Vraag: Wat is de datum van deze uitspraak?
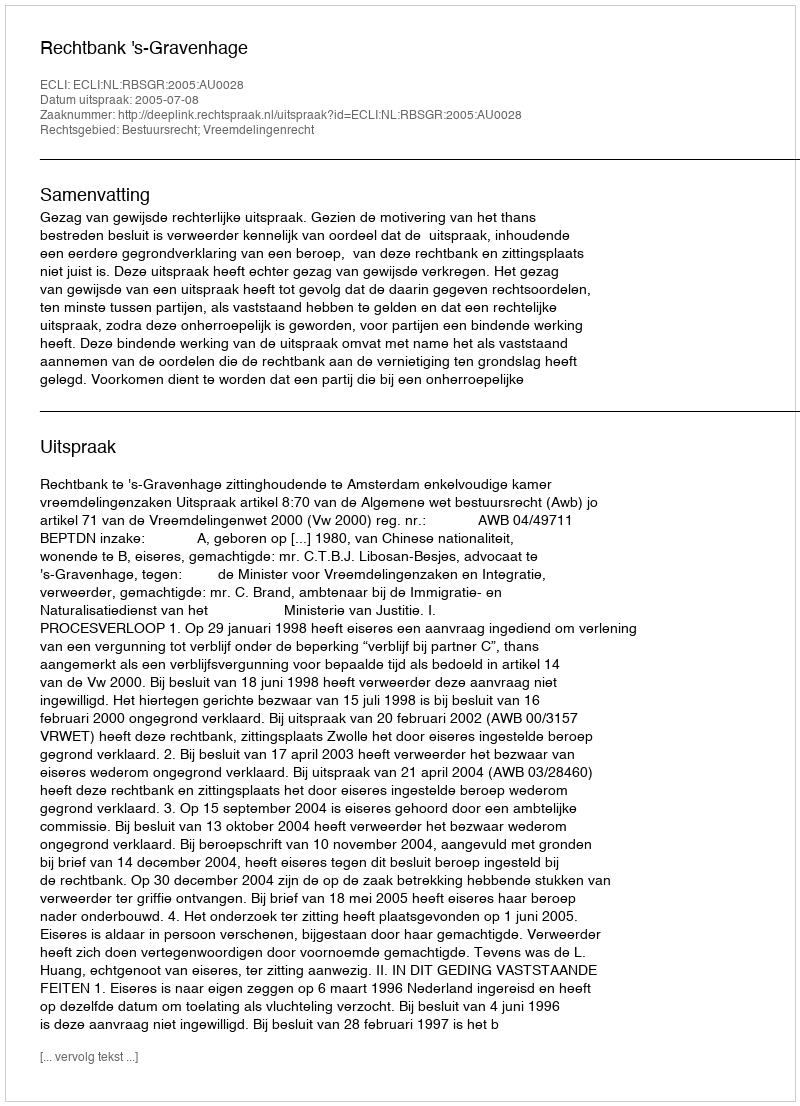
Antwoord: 2005-07-08